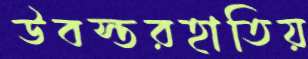
উবস্তরহাতিয়